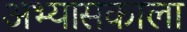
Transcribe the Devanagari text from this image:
अभ्यासकाला